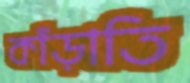
কাঁড়াতি